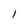
Character: l